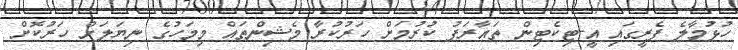
ހުޅުމާލެ ފެރީގައި އީ-ޓިކެޓިން ތައާރަފު ކުރުމަށް ހަރުކުރާ މެޝިންތައް މިމަހުގެ ނިޔަލަށް ހަރުކޮށް